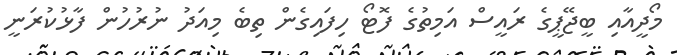
މޯދީއާއި ބީޖޭޕީގެ ރައީސް އަމިތުގެ ފޮޓޯ ހިފައިގެން ތިބެ މިއަދު ނުރުހުން ފާޅުކުރަނީ